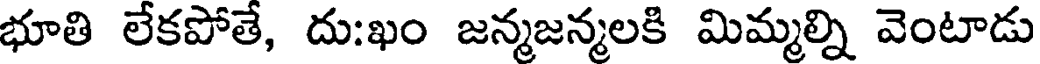
భూతి లేకపోతే, దు:ఖం జన్మజన్మలకి మిమ్మల్ని వెంటాడు